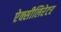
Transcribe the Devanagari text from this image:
ऐक्सीलिरेटर